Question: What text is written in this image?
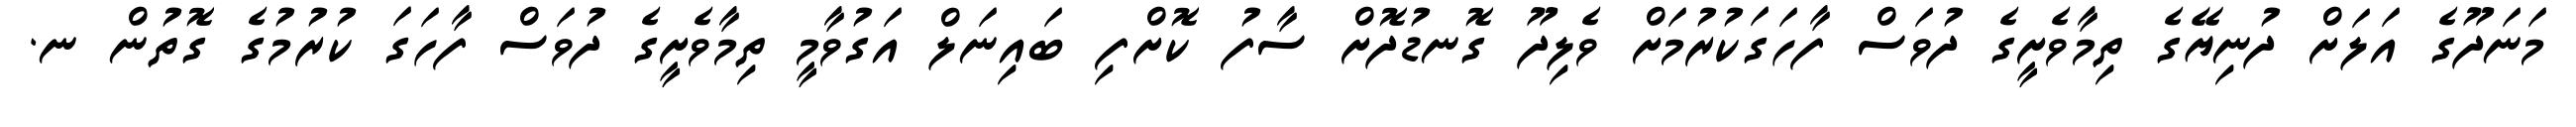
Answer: މަނަދޫގެ އަލަށް ދުނިޔޭގެ ތިމާވެށީގެ ދުވަސް ފާހަގަކުރުމަށް ވެލިދޫ ގޮނޑުދޮށް ސާފު ކޮށްފި ބައިނަލް އަގުވާމީ ތިމާވެށީގެ ދުވަސް ފާހަގަ ކުރުމުގެ ގޮތުން ނ.